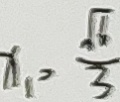
x _ { 1 } = \frac { \sqrt { 6 } } { 3 }